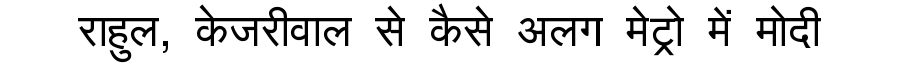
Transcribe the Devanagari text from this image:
राहुल, केजरीवाल से कैसे अलग मेट्रो में मोदी